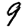
Digit: 9